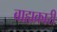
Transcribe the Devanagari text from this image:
बाह्यकारी